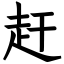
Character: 赶